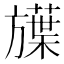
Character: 𬀗